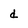
Character: d